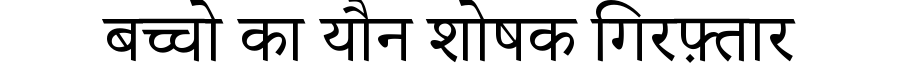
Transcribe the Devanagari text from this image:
बच्चो का यौन शोषक गिरफ़्तार